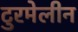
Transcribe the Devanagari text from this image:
टुरमेलीन